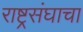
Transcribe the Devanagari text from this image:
राष्ट्रसंघाचा